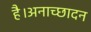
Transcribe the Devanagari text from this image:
है।अनाच्छादन